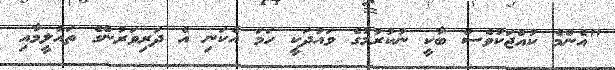
"އެންމެ ކުއްޖަކުވެސް ބާކީ ނުކުރުމުގެ ވައުދަކީ ހަމަ އެކަނި އެ ދަރިވަރުންގެ ތައުލީމާއި